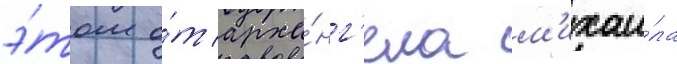
э́том о́т арха́нг'ела м'ихаи́ла